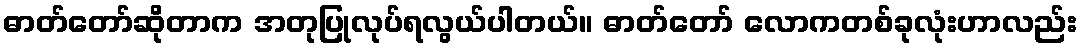
ဓာတ်တော်ဆိုတာက အတုပြုလုပ်ရလွယ်ပါတယ်။ ဓာတ်တော် လောကတစ်ခုလုံးဟာလည်း